Cholera in southern India
Disease focus: Cholera
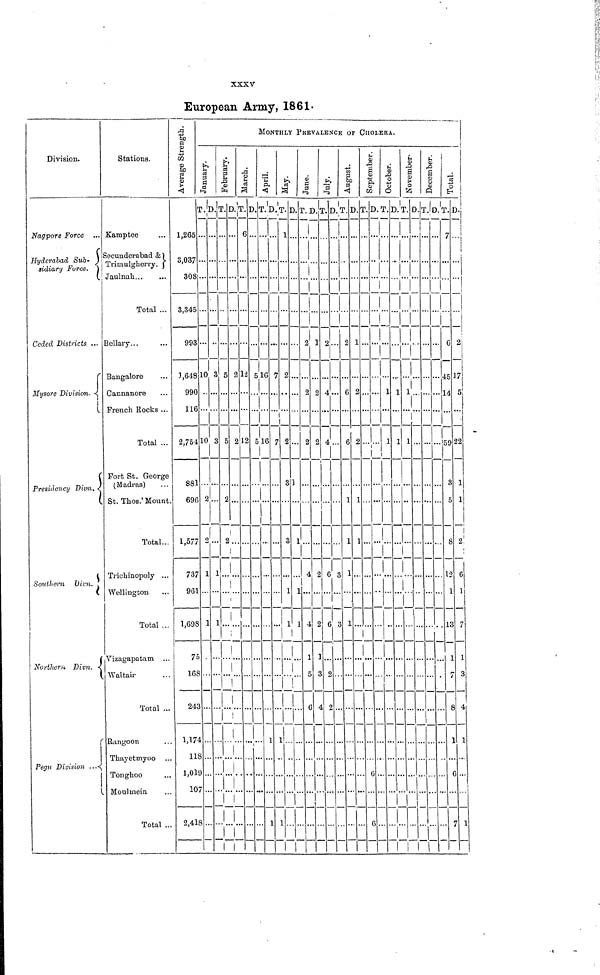
XXXV
European Army, 1861.
Division.
Nagpore Force
Hyderabad Sub-
sidiwry Force.
Ceded Districts ...
Mysore Division.
Presidency Divn.
Southern Divn.
Northern, Divn.
Pegu Division ...
Stations.
Kamptee
Secundcrabad &
Trimulghorry.
Jaulnah
Total ...
Bellary...
Bangalore
Cannanore
French Rocks ...
Total ...
Port St. George
(Madras)
St. Thos.' Mount
Total...
Trickinopoly ...
Wellington
Total ...
Vizagapatam ..
Waltair-
Total ..
Rangoon
Tkayetmyoo
Tonghoo
Moulmein
Total ..
Average Strength
1,265
3,037
308
3,345
993
3,648
99(
11
2,75
88
69
1,57
73
96
1,69
7
16
24
. 1,1
1
1,0
1
2,4
January
T.'D
I
3 10
) .. ..
10
1... .
6 2
7 1
1 ...
8 1
43 ...
74 ...
18
19
07
18
fr
Febraury
T D
3 5
3 5
1
2
1 '
¡
1
......
March
T.D
6
2 12
2 12
MONT
April
T.D.
5 16 7
516 7
May
T. D.
1 ...
2
2 ..
3 1
a
.
. 1
l
1
June
T.D.
1
2 1
2 2
2 £
4
1 .. ,
1 4
. 1
. 5
.. 6
July
T.D
4-
4..
1
2 6
2 6
1
3 2
4 2
August
T.D.
. 2 1
6 2
. 6 2
. 1
. 1
3 1
3 1
CHOL
September
T.D.
;
1
1 ...
ERA.
October
1
T.D.T. D
1 1 1
1 1 1
December
T.D.
Total
7
6 2
45 17
14 5
159 22
3 1
5 1
8 2
12 6
1 1
.13 7
..11
8 4
1 1
.. 6 ...
... 7 1